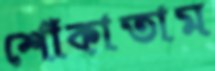
শোঁকাতাম